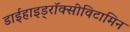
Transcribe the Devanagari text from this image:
डाईहाइड्रॉक्सीविटामिन